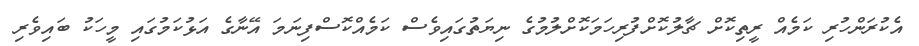
އެކުރަންހުރި ކަމެއް ރީތިކޮށް ޗާލުކޮށްފުރިހަމަކޮށްލުމުގެ ނިޔަތުގައިވެސް ކަމެއްކޮސްފިނަމަ އޭނާގެ އަޅުކަމުގައި މީހަކު ބައިވެރި